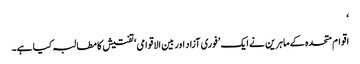
‘
اقوام متحدہ کے ماہرین نے ایک ’فوری آزاد اور بین الاقوامی‘ تفتیش کا مطالبہ کیا ہے۔